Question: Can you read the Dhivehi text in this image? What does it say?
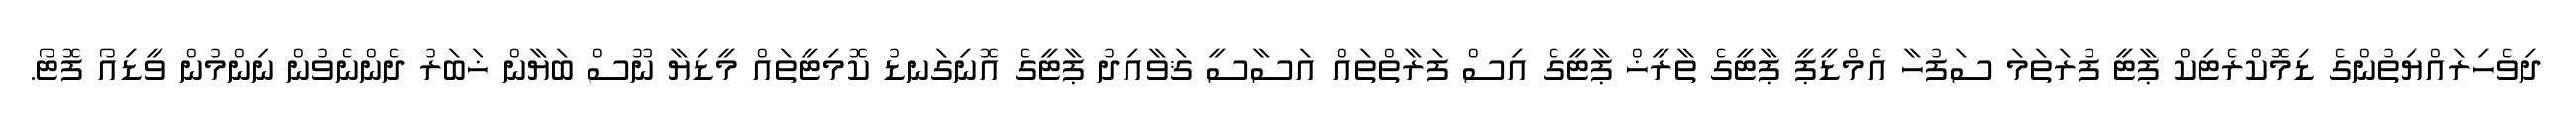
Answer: ދިވެހިރައްޔިތުންގެ ޑިމޮކްރެޓިކް ޕާޓީ ފުރަތަމަ ސަފުހާ އެމްޑީޕީ ޕާޓީގެ ތާރީޚް ޕާޓީގެ އިސް ފަރާތްތައް އަސާސީ ޤަވާއިދު ޕާޓީގެ އޮނިގަނޑު ކޮމިޓީތައް މީޑިޔާ ނޫސް ބަޔާން ޚަބަރު ދެންނެވުން ނިންމުން ވީޑިއޯ ފޮޓޯ.